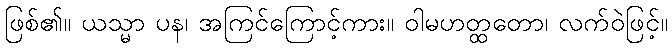
ဖြစ်၏။ ယသ္မာ ပန၊ အကြင်ကြောင့်ကား။ ဝါမဟတ္ထတော၊ လက်ဝဲဖြင့်။